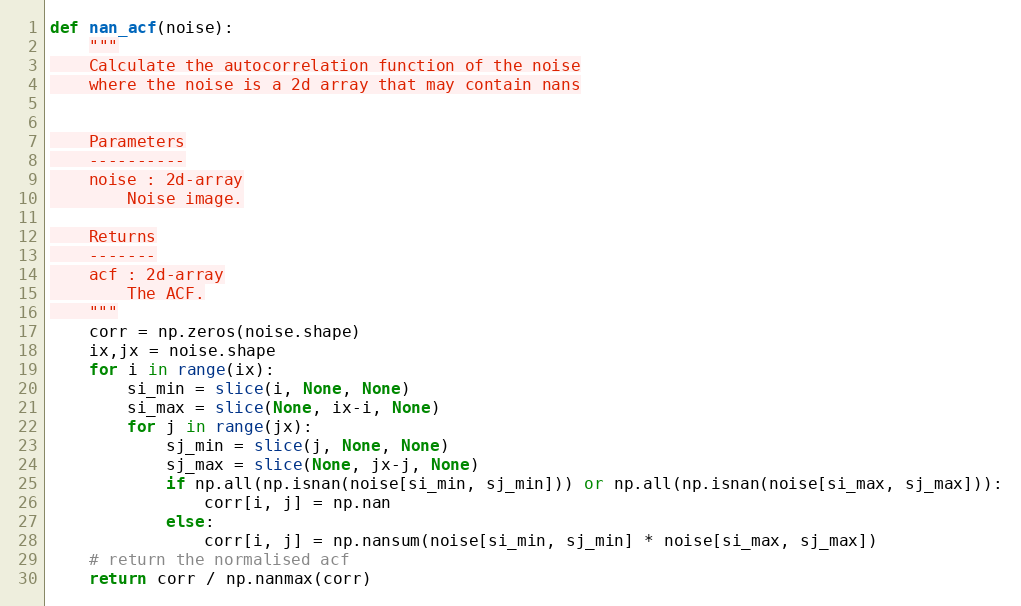
Language: Python
def nan_acf(noise):
    """
    Calculate the autocorrelation function of the noise
    where the noise is a 2d array that may contain nans

    Parameters
    ----------
    noise : 2d-array
        Noise image.

    Returns
    -------
    acf : 2d-array
        The ACF.
    """
    corr = np.zeros(noise.shape)
    ix,jx = noise.shape
    for i in range(ix):
        si_min = slice(i, None, None)
        si_max = slice(None, ix-i, None)
        for j in range(jx):
            sj_min = slice(j, None, None)
            sj_max = slice(None, jx-j, None)
            if np.all(np.isnan(noise[si_min, sj_min])) or np.all(np.isnan(noise[si_max, sj_max])):
                corr[i, j] = np.nan
            else:
                corr[i, j] = np.nansum(noise[si_min, sj_min] * noise[si_max, sj_max])
    # return the normalised acf
    return corr / np.nanmax(corr)